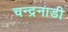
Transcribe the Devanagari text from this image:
चन्द्रनाडी